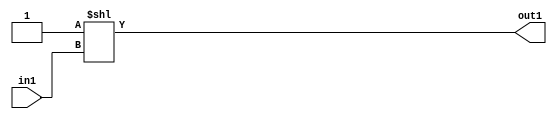
`timescale 1ps / 1ps
/*****************************************************************************
    Verilog RTL Description
    
    
    Created by: Stratus DpOpt 2019.1.01 
*******************************************************************************/

module in_buff_DECODE_2U_23_4 (
	in1,
	out1
	); /* architecture "behavioural" */ 
input  in1;
output [1:0] out1;
wire [1:0] asc001;

assign asc001 = 2'B01 << in1;

assign out1 = asc001;
endmodule

/* CADENCE  urb1Sws= : u9/ySgnWtBlWxVPRXgAZ4Og= ** DO NOT EDIT THIS LINE ******/